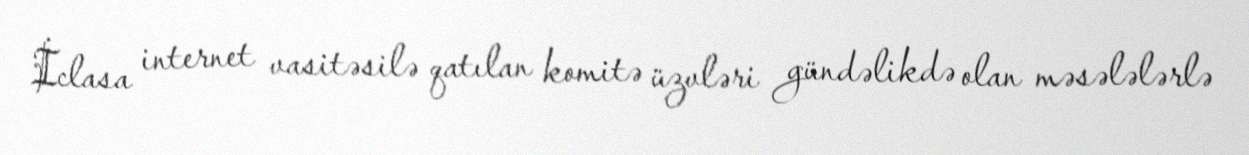
İclasa internet vasitəsilə qatılan komitə üzvləri gündəlikdə olan məsələlərlə